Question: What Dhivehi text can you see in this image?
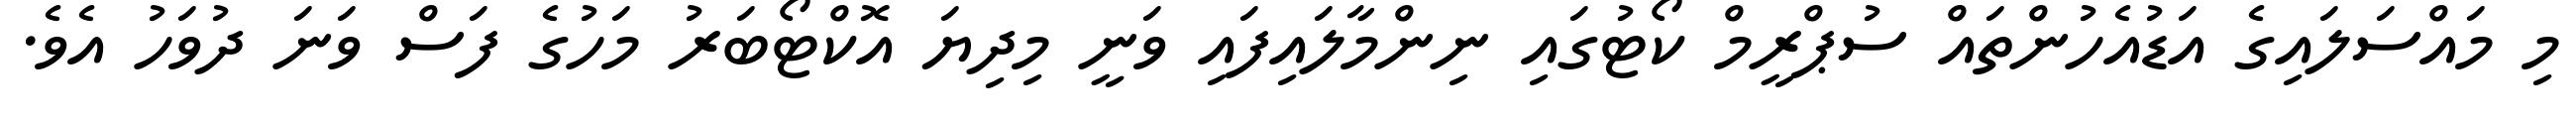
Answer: މި މައްސަލައިގެ އަޑުއެހުންތައް ސުޕްރީމް ކޯޓުގައި ނިންމާލައިފައި ވަނީ މިދިޔަ އޮކްޓޯބަރު މަހުގެ ފަސް ވަނަ ދުވަހު އެވެ.